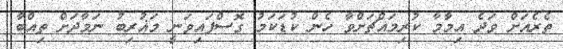
ތެރެއަށް ވަދެ އިމާމާ ކުރިމައްޗަށްވާ ހެން ކުޑަކަމު ގޮސްފައިވަނީ މަޣުރިބު ނަމާދަށް ތިއްބާ